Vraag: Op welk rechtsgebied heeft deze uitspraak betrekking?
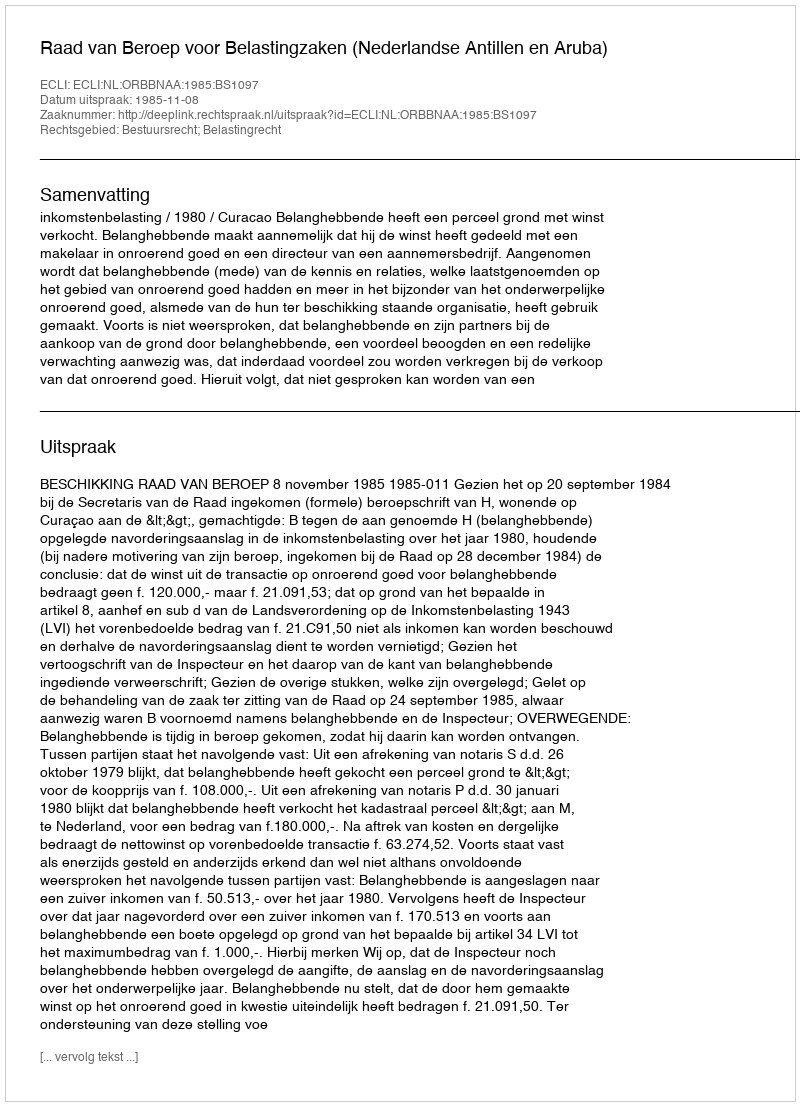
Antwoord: Bestuursrecht; Belastingrecht